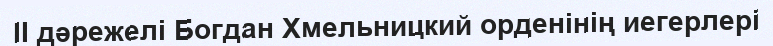
II дәрежелі Богдан Хмельницкий орденінің иегерлері